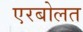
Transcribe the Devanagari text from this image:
एरबोलत